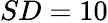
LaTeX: SD=10